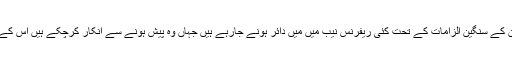
ان کے اور ان کے بیٹوں،بیٹی،داماد اور سمدھی کے خلاف کرپشن کے سنگین الزامات کے تحت کئی ریفرنس نیب میں میں دائر ہونے جارہے ہیں جہاں وہ پیش ہونے سے انکار کرچکے ہیں اس کے باوجود نیب نے ان ریفرنس کی کاروائی جاری رکھی ہوئی ہے۔